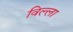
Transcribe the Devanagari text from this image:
विल्‍ला